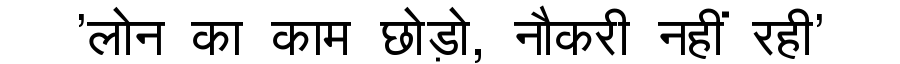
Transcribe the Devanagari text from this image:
'लोन का काम छोड़ो, नौकरी नहीं रही'